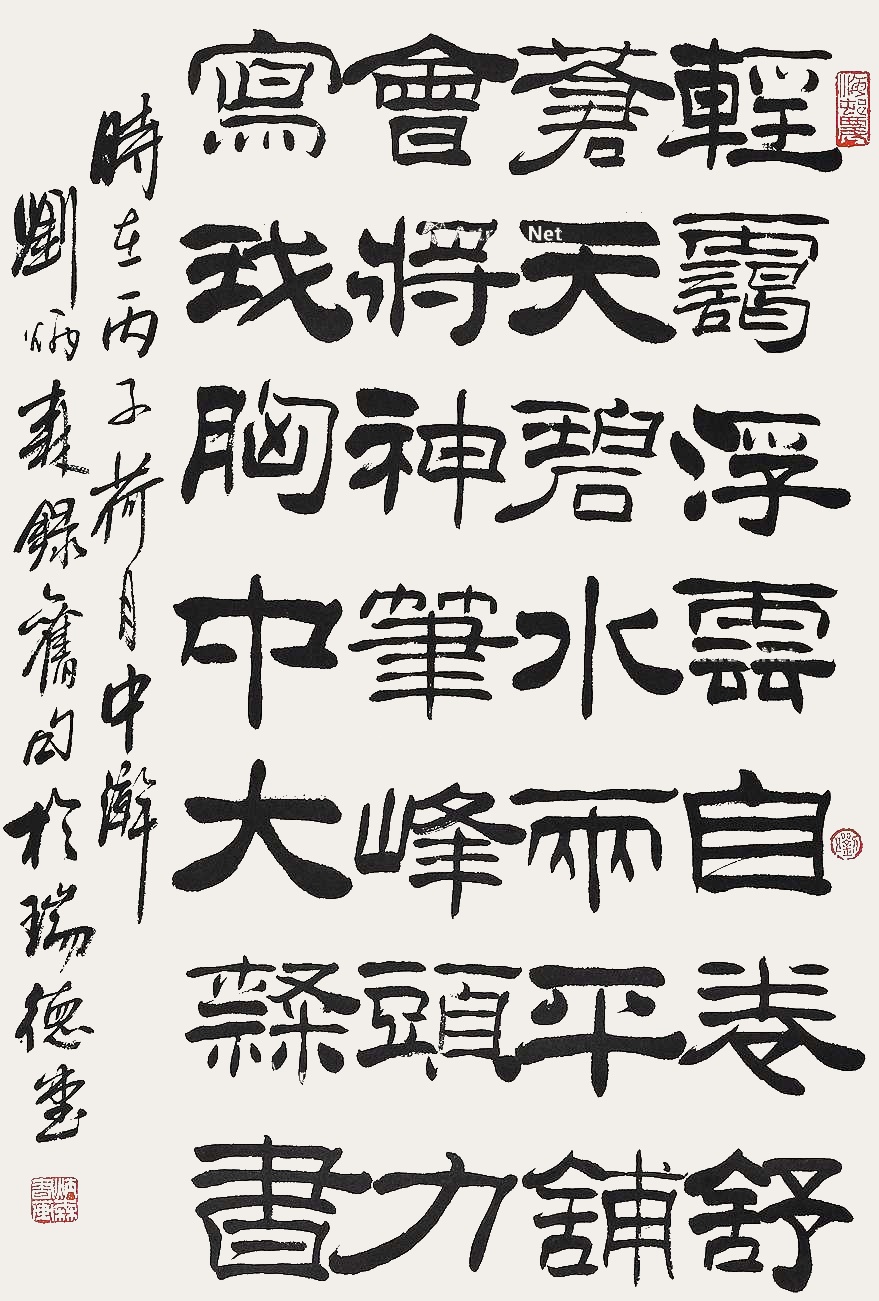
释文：轻霭浮云自卷舒，苍天碧水两平铺。会将神笔峰头力，写我胸中大隶书。时在丙子荷月中瀚，刘炳森录旧句于瑞德堂。